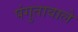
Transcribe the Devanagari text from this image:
पंगुतावाले